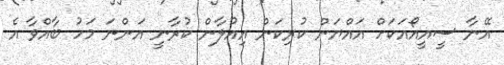
އޭނާ ސީއީއޯއަކަށް އައްޔަން ކުރިކަން އިއުލާން ކުރާނީ އަންނަ މަހު ބާއްވާ އެ